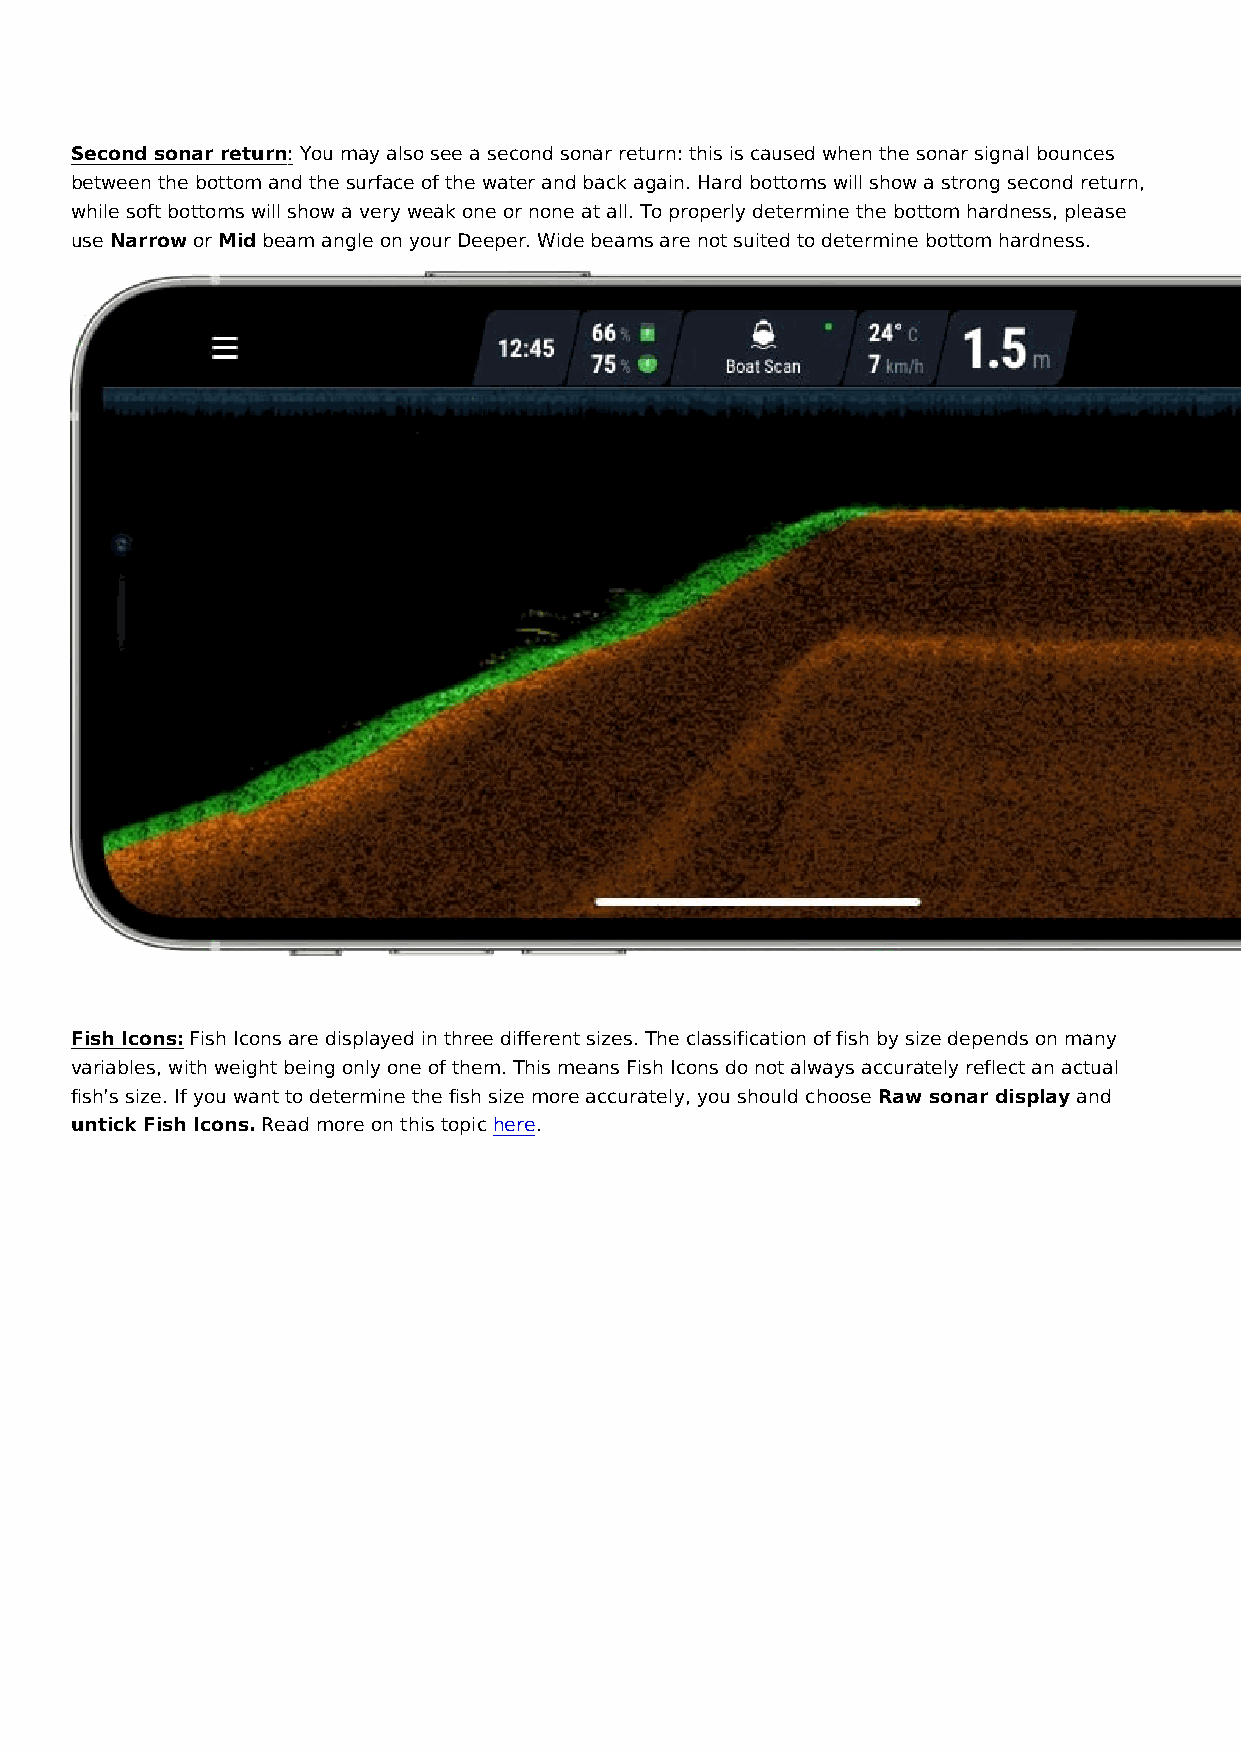
Second sonar return: You may also see a second sonar return: this is caused when the sonar signal bounces
 between the bottom and the surface of the water and back again. Hard bottoms will show a strong second return,
 while soft bottoms will show a very weak one or none at all. To properly determine the bottom hardness, please
 use Narrow or Mid beam angle on your Deeper. Wide beams are not suited to determine bottom hardness.
 Fish Icons: Fish Icons are displayed in three different sizes. The classification of fish by size depends on many
 variables, with weight being only one of them. This means Fish Icons do not always accurately reflect an actual
 fish’s size. If you want to determine the fish size more accurately, you should choose Raw sonar display and
 untick Fish Icons. Read more on this topic here.